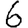
Digit: 6